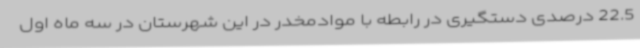
22.5 درصدی دستگیری در رابطه با موادمخدر در این شهرستان در سه ماه اول